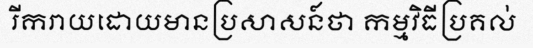
រីករាយដោយមានប្រសាសន៍ថា កម្មវិធីប្រគល់